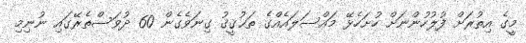
މީގެ އިތުރަށް ފުލުހުންނަށް ހުށަހެޅޭ މައްސަލައެއްގެ ތަޙުޤީޤު ގިނަވެގެން 60 ދުވަސްތެރޭގައި ނުނިމި